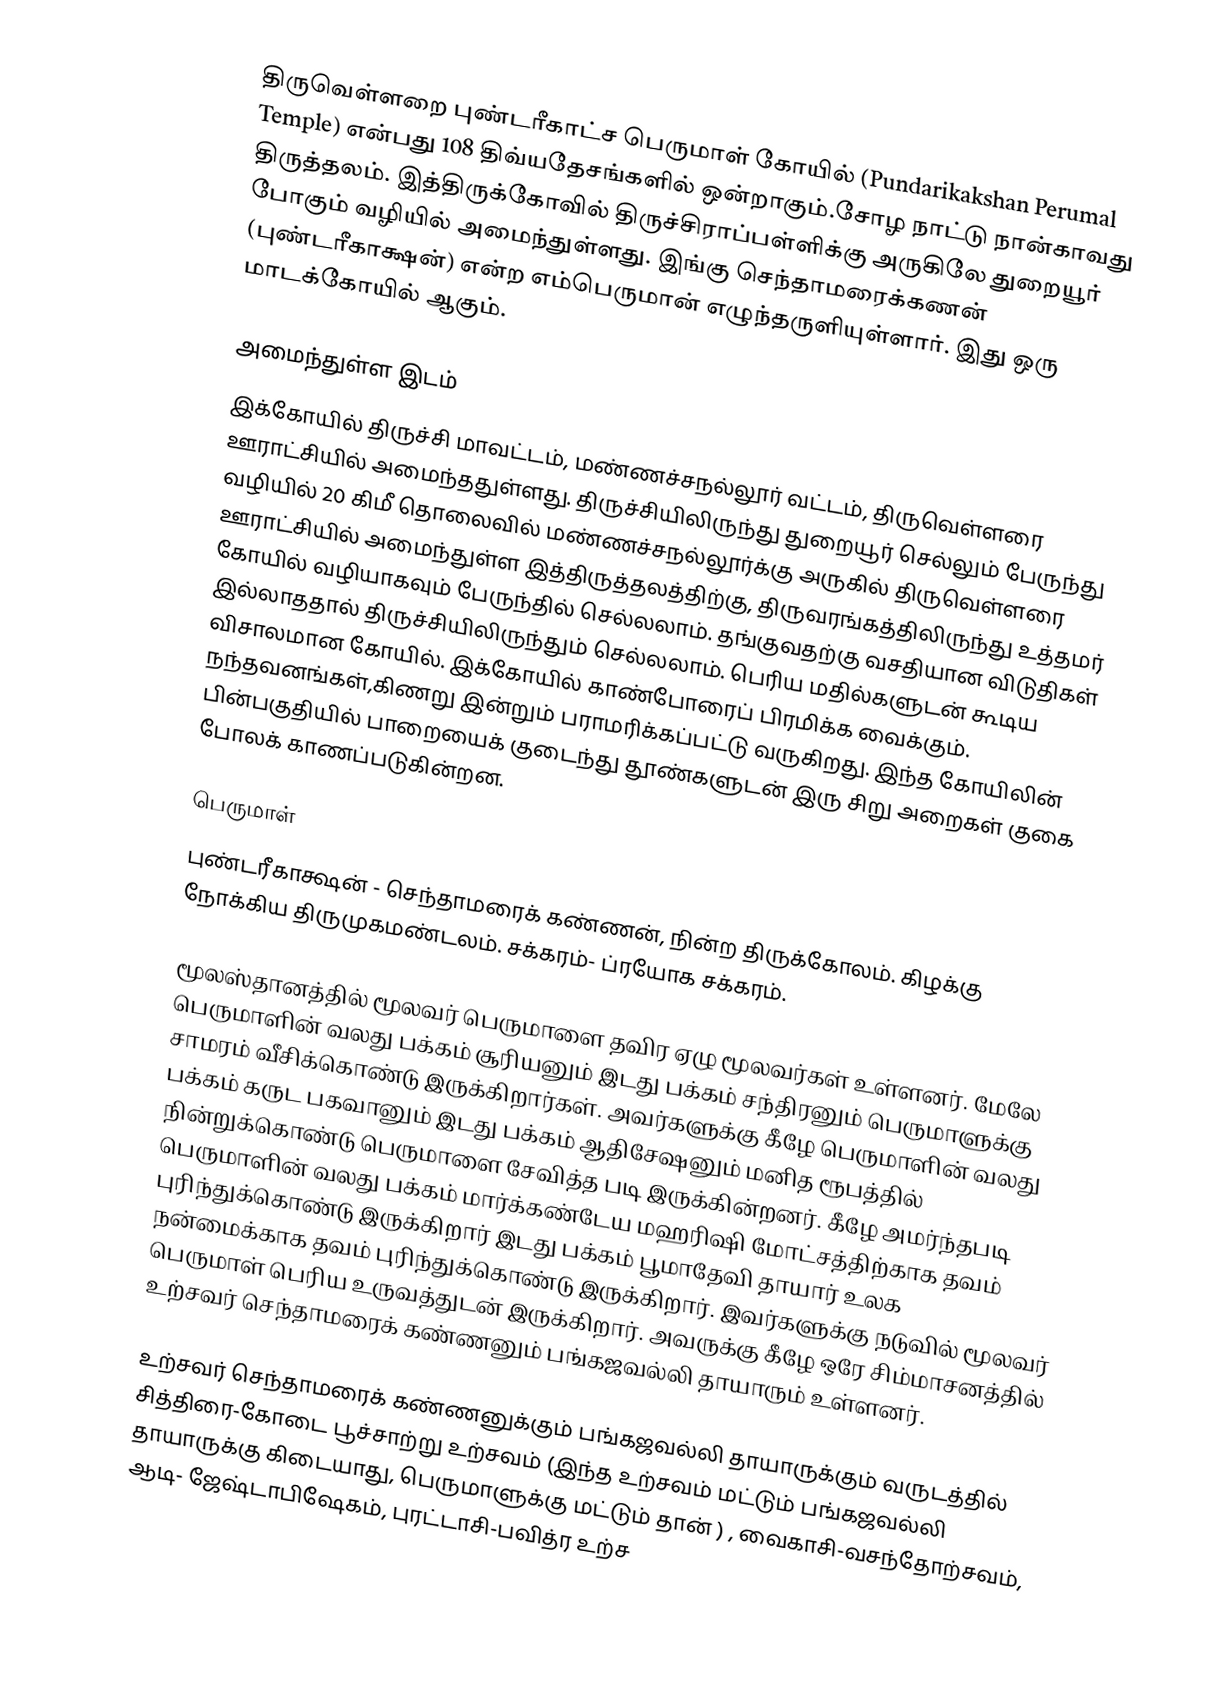
திருவெள்ளறை புண்டரீகாட்ச பெருமாள் கோயில் (Pundarikakshan Perumal Temple) என்பது 108 திவ்யதேசங்களில் ஒன்றாகும்.சோழ நாட்டு நான்காவது திருத்தலம். இத்திருக்கோவில் திருச்சிராப்பள்ளிக்கு அருகிலே துறையூர் போகும் வழியில் அமைந்துள்ளது. இங்கு செந்தாமரைக்கணன் (புண்டரீகாக்ஷன்) என்ற எம்பெருமான் எழுந்தருளியுள்ளார். இது ஒரு மாடக்கோயில் ஆகும்.

அமைந்துள்ள இடம்
இக்கோயில் திருச்சி மாவட்டம், மண்ணச்சநல்லூர் வட்டம், திருவெள்ளரை ஊராட்சியில் அமைந்ததுள்ளது. திருச்சியிலிருந்து துறையூர் செல்லும் பேருந்து வழியில் 20 கிமீ தொலைவில் மண்ணச்சநல்லூர்க்கு அருகில் திருவெள்ளரை ஊராட்சியில் அமைந்துள்ள இத்திருத்தலத்திற்கு, திருவரங்கத்திலிருந்து உத்தமர் கோயில் வழியாகவும் பேருந்தில் செல்லலாம். தங்குவதற்கு வசதியான விடுதிகள் இல்லாததால் திருச்சியிலிருந்தும் செல்லலாம். பெரிய மதில்களுடன் கூடிய விசாலமான கோயில். இக்கோயில் காண்போரைப் பிரமிக்க வைக்கும். நந்தவனங்கள்,கிணறு இன்றும் பராமரிக்கப்பட்டு வருகிறது. இந்த கோயிலின் பின்பகுதியில் பாறையைக் குடைந்து தூண்களுடன் இரு சிறு அறைகள் குகை போலக் காணப்படுகின்றன.

பெருமாள்
புண்டரீகாக்ஷன் - செந்தாமரைக் கண்ணன், நின்ற திருக்கோலம். கிழக்கு நோக்கிய திருமுகமண்டலம். சக்கரம்- ப்ரயோக சக்கரம்.

மூலஸ்தானத்தில் மூலவர் பெருமாளை தவிர ஏழு மூலவர்கள் உள்ளனர். மேலே பெருமாளின் வலது பக்கம் சூரியனும் இடது பக்கம் சந்திரனும் பெருமாளுக்கு சாமரம் வீசிக்கொண்டு இருக்கிறார்கள். அவர்களுக்கு கீழே பெருமாளின் வலது பக்கம் கருட பகவானும் இடது பக்கம் ஆதிசேஷனும் மனித ரூபத்தில் நின்றுக்கொண்டு பெருமாளை சேவித்த படி இருக்கின்றனர். கீழே அமர்ந்தபடி பெருமாளின் வலது பக்கம் மார்க்கண்டேய மஹரிஷி மோட்சத்திற்காக தவம் புரிந்துக்கொண்டு இருக்கிறார் இடது பக்கம் பூமாதேவி தாயார் உலக நன்மைக்காக தவம் புரிந்துக்கொண்டு இருக்கிறார். இவர்களுக்கு நடுவில் மூலவர் பெருமாள் பெரிய உருவத்துடன் இருக்கிறார். அவருக்கு கீழே ஒரே சிம்மாசனத்தில் உற்சவர் செந்தாமரைக் கண்ணனும் பங்கஜவல்லி தாயாரும் உள்ளனர்.

உற்சவர் செந்தாமரைக் கண்ணனுக்கும் பங்கஜவல்லி தாயாருக்கும் வருடத்தில் சித்திரை-கோடை பூச்சாற்று உற்சவம் (இந்த உற்சவம் மட்டும் பங்கஜவல்லி தாயாருக்கு கிடையாது, பெருமாளுக்கு மட்டும் தான் ) , வைகாசி-வசந்தோற்சவம், ஆடி- ஜேஷ்டாபிஷேகம், புரட்டாசி-பவித்ர உற்ச